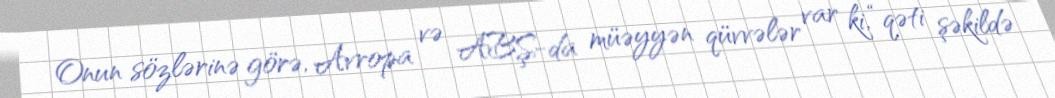
Onun sözlərinə görə, Avropa və ABŞ-da müəyyən qüvvələr var ki, “qəti şəkildə